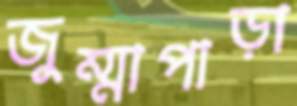
জুম্মাপাড়া